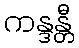
ကန္ဒန္တီ